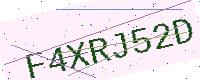
Text: F4XRJ52D